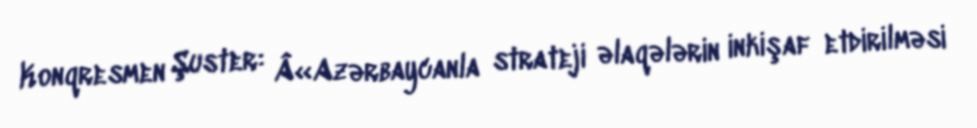
Konqresmen Şuster: Â«Azərbaycanla strateji əlaqələrin inkişaf etdirilməsi